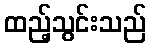
ထည့်သွင်းသည်